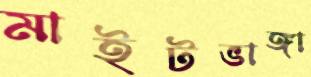
মাইটভাঙ্গা